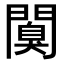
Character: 𨶑